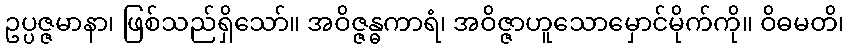
ဥပ္ပဇ္ဇမာနာ၊ ဖြစ်သည်ရှိသော်။ အဝိဇ္ဇန္ဓကာရံ၊ အဝိဇ္ဇာဟူသောမှောင်မိုက်ကို။ ဝိဓမတိ၊